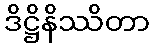
ဒိဋ္ဌိနိဿိတာ